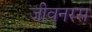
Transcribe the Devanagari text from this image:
जीवनरस